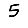
Digit: 5